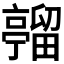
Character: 𪜦